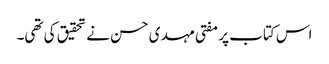
اس کتاب پر مفتی مہدی حسن نے تحقیق کی تھی۔